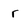
Character: r